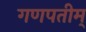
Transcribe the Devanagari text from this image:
गणपतीम्